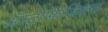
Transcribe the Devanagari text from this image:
ॲस्ट्रोफिजिक्‍स